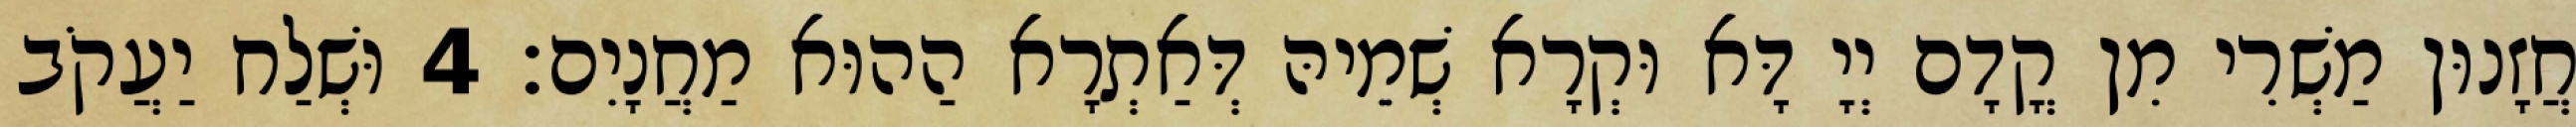
חֲזָנוּן מַשְׁרִי מִן קֳדָם יְיָ דָּא וּקְרָא שְׁמֵיהּ דְּאַתְרָא הַהוּא מַחֲנָיִם׃ 4 וּשְׁלַח יַעֲקֹב